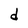
Character: d